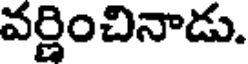
వర్ణించినాడు.